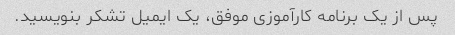
پس از یک برنامه کارآموزی موفق، یک ایمیل تشکر بنویسید.